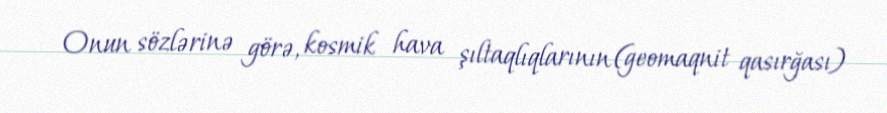
Onun sözlərinə görə, kosmik hava şıltaqlıqlarının (geomaqnit qasırğası)